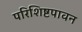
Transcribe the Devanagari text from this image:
परिशिष्टपावन